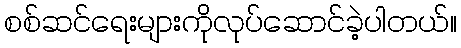
စစ်ဆင်ရေးများကိုလုပ်ဆောင်ခဲ့ပါတယ်။